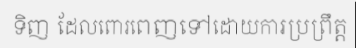
ទិញ ដែលពោរពេញទៅដោយការប្រព្រឹត្ត